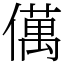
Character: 㒖